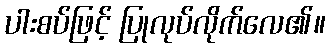
ပါးစပ်ဖြင့် ပြုလုပ်လိုက်လေ၏။